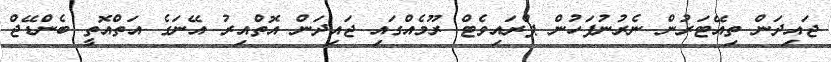
ޖައިދަން ތިއޭޓަރުން ނެރުނުފަހުން ޕްރައިވެޓް ރޫމެއްގައި ޖައިދަން އޮތްއިރު އޭނަގެ އަތްއޮތީ ބެންޑޭޖް